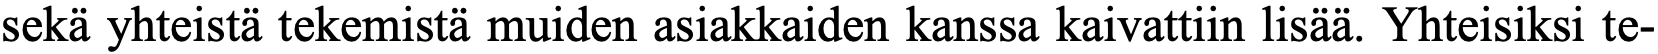
sekä yhteistä tekemistä muiden asiakkaiden kanssa kaivattiin lisää. Yhteisiksi te-